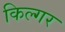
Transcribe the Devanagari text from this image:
किल्‍गर